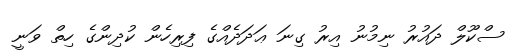
ސްކޫލް ދައުރު ނިމުނު އިރު ގިނަ ޢަދަދެއްގެ ފިރިހެން ކުދިންގެ ހިތް ވަނީ